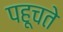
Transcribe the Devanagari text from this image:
पहूचते